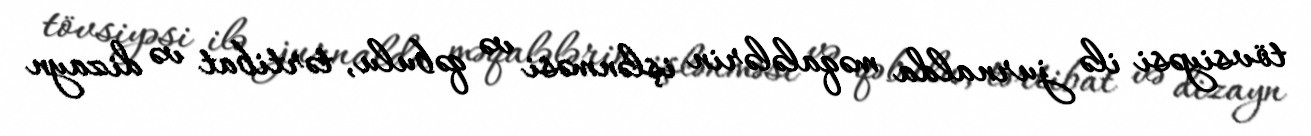
tövsiyəsi ilə jurnalda məqalələrin işlənməsi və qəbulu, tərtibat və dizayn